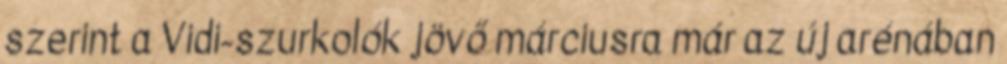
szerint a Vidi-szurkolók jövő márciusra már az új arénában